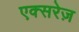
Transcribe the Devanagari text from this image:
एक्सरेज़